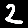
Digit: 2